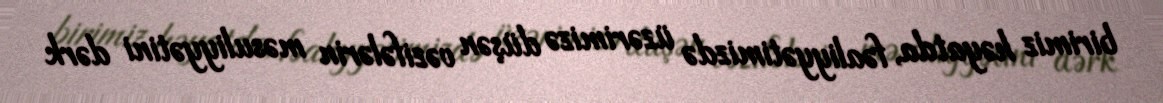
birimiz həyatda, fəaliyyətimizdə üzərimizə düşən vəzifələrin məsuliyyətini dərk